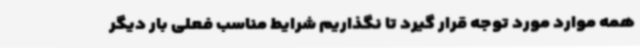
همه موارد مورد توجه قرار گیرد تا نگذاریم شرایط مناسب فعلی بار دیگر